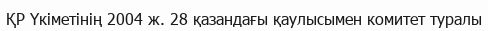
ҚР Үкіметінің 2004 ж. 28 қазандағы қаулысымен комитет туралы